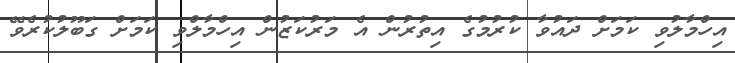
އިހްމާލުވި ކަމަށް ދައުވާ ކުރުމުގެ އިތުރުން އެ މަރުކަޒުން އިހްމާލްވި ކަމަށް ގަބޫލުކުރެވޭ